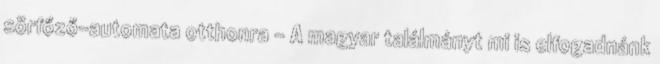
sörfőző-automata otthonra - A magyar találmányt mi is elfogadnánk